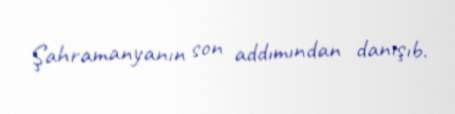
Şahramanyanın son addımından danışıb.